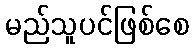
မည်သူပင်ဖြစ်စေ